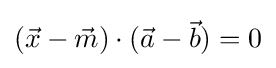
({\vec {x}}-{\vec {m}})\cdot ({\vec {a}}-{\vec {b}})=0